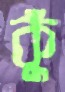
কুঁ